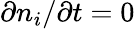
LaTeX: \partial n_{i}/\partial t=0